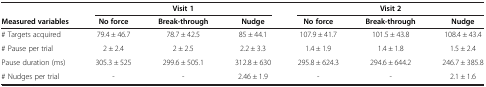
<table><thead><tr><td><b> </b></td><td colspan="3"><b>Visit 1</b></td><td colspan="3"><b>Visit 2</b></td></tr><tr><td><b>Measured variables</b></td><td><b>No force</b></td><td><b>Break-through</b></td><td><b>Nudge</b></td><td><b>No force</b></td><td><b>Break-through</b></td><td><b>Nudge</b></td></tr></thead><tbody><tr><td># Targets acquired</td><td>79.4 ± 46.7</td><td>78.7 ± 42.5</td><td>85 ± 44.1</td><td>107.9 ± 41.7</td><td>101.5 ± 43.8</td><td>108.4 ± 43.4</td></tr><tr><td># Pause per trial</td><td>2 ± 2.4</td><td>2 ± 2.5</td><td>2.2 ± 3.3</td><td>1.4 ± 1.9</td><td>1.4 ± 1.8</td><td>1.5 ± 2.4</td></tr><tr><td>Pause duration (ms)</td><td>305.3 ± 525</td><td>299.6 ± 505.1</td><td>312.8 ± 630</td><td>295.8 ± 624.3</td><td>294.6 ± 644.2</td><td>246.7 ± 385.8</td></tr><tr><td># Nudges per trial</td><td>-</td><td>-</td><td>2.46 ± 1.9</td><td>-</td><td>-</td><td>2.1 ± 1.6</td></tr></tbody></table>